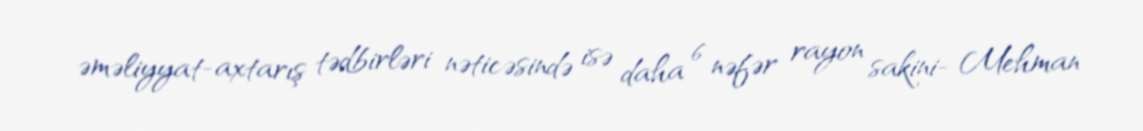
əməliyyat-axtarış tədbirləri nəticəsində isə daha 6 nəfər rayon sakini- Mehman